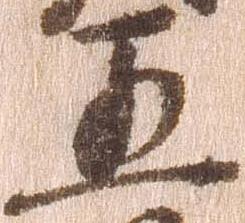
五